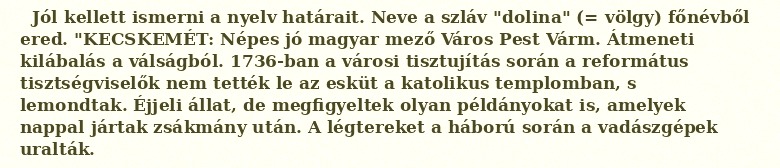
Jól kellett ismerni a nyelv határait. Neve a szláv "dolina" (= völgy) főnévből ered. "KECSKEMÉT: Népes jó magyar mező Város Pest Várm. Átmeneti kilábalás a válságból. 1736-ban a városi tisztujítás során a református tisztségviselők nem tették le az esküt a katolikus templomban, s lemondtak. Éjjeli állat, de megfigyeltek olyan példányokat is, amelyek nappal jártak zsákmány után. A légtereket a háború során a vadászgépek uralták.